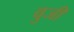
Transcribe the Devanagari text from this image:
वुजी